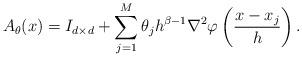
LaTeX: \begin{align*}A_\theta(x) = I_{d \times d} + \sum\limits_{j=1}^M \theta_j h^{\beta - 1} \nabla^2 \varphi \left(\frac{x - x_j}h \right).\end{align*}